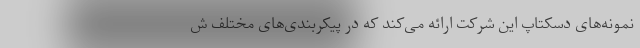
نمونه‌های دسکتاپ این شرکت ارائه می‌کند که در پیکربندی‌های مختلف ش